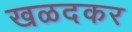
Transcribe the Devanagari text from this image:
खळदकर